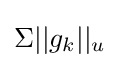
\Sigma ||g_{k}||_{u}